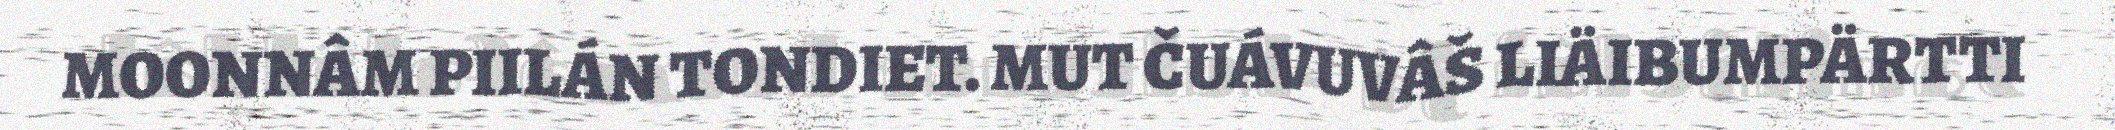
MOONNÂM PIILÁN TONDIET. MUT ČUÁVUVÂŠ LIÄIBUMPÄRTTI